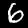
Digit: 6